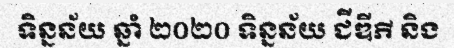
ទិន្នន័យ ឆ្នាំ ២០២០ ទិន្នន័យ ជីឌីភី និង